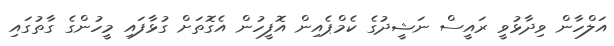
އަލްހާން ވިދާޅުވީ ރައީސް ނަޝީދުގެ ކެމްޕެއިން އޮފީހުން އެގޮތަށް ގުޅާފައި މީހުންގެ ގާތުގައި